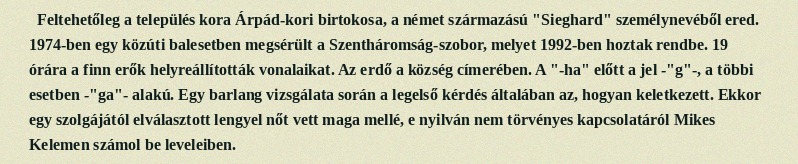
Feltehetőleg a település kora Árpád-kori birtokosa, a német származású "Sieghard" személynevéből ered. 1974-ben egy közúti balesetben megsérült a Szentháromság-szobor, melyet 1992-ben hoztak rendbe. 19 órára a finn erők helyreállították vonalaikat. Az erdő a község címerében. A "-ha" előtt a jel -"g"-, a többi esetben -"ga"- alakú. Egy barlang vizsgálata során a legelső kérdés általában az, hogyan keletkezett. Ekkor egy szolgájától elválasztott lengyel nőt vett maga mellé, e nyilván nem törvényes kapcsolatáról Mikes Kelemen számol be leveleiben.